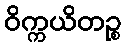
ဝိက္ကယိတဉ္စ